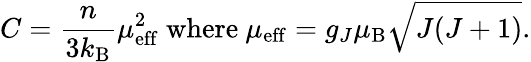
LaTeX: C={\frac{n}{3k_{\mathrm{B}}}}\mu_{\mathrm{eff}}^{2}{\mathrm{~where~}}\mu_{\mathrm{eff}}=g_{J}\mu_{\mathrm{B}}{\sqrt{J(J+1)}}.